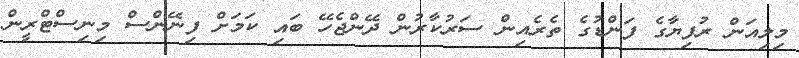
މިލިއަން ރުފިޔާގެ ފަންޑުގެ ތެރެއިން ސަރުކާރުން ދޭންޖެހޭ ބައި ކަމަށް ފިނޭންސް މިނިސްޓްރީން